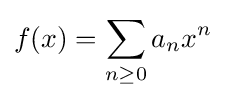
f(x)=\sum _{n\geq 0}a_{n}x^{n}